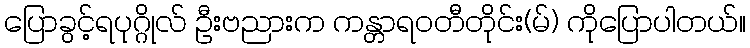
ပြောခွင့်ရပုဂ္ဂိုလ် ဦးဗညားက ကန္တာရဝတီတိုင်း(မ်) ကိုပြောပါတယ်။